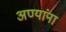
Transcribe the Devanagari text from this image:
अण्यांना